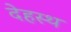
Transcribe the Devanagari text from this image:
देहस्थ